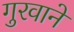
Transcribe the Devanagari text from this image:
गुरवाने